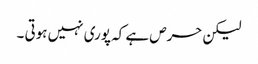
لیکن حرص ہے کہ پوری نہیں ہوتی ۔